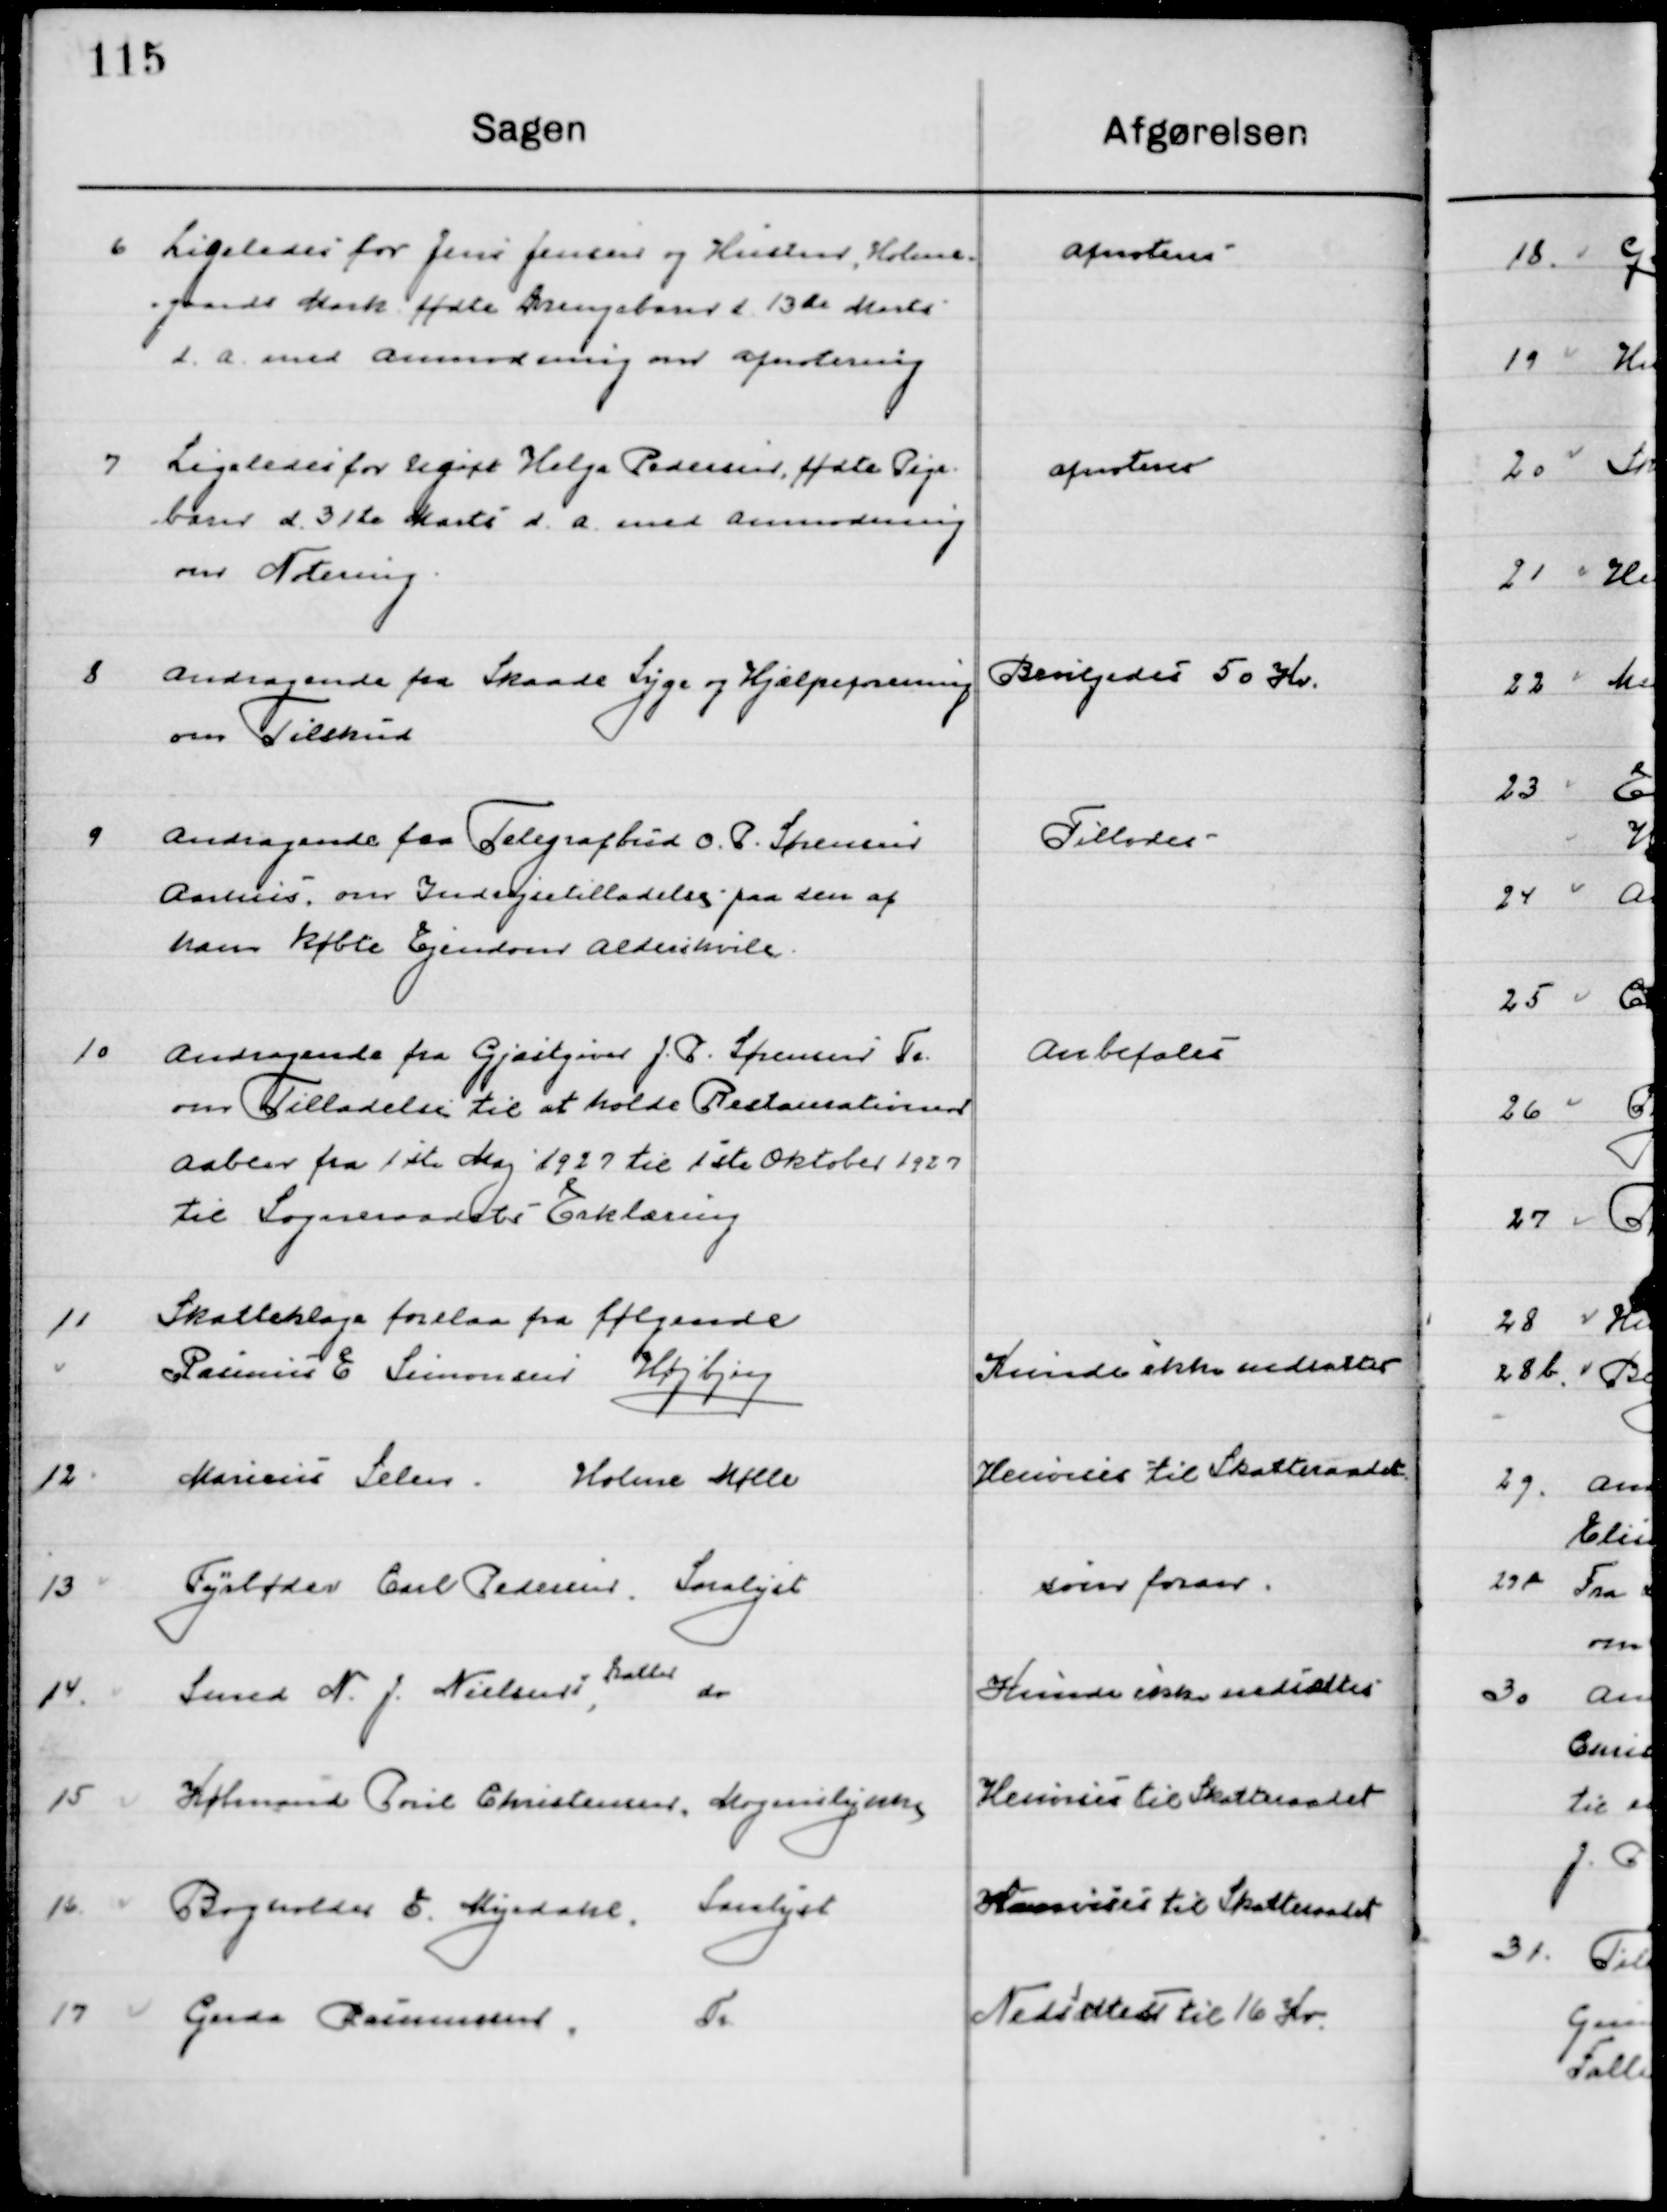
Transskription:
6

Ligeledes for Jens Jensen og hustru, Holme-
gaard Mark fødte Drengebarn d. 13de Marts 
d. a. med Anmodning om Afnotering

Afnoteres

7

Ligeledes for Ugift Helga Pedersen, fødte Pige-
Barn d. 31te Marts d. a. med Anmodning om 
Notering

Afnoteres

8

Andragende fra Skaade Syge og Hjælpeforening
om Tilskud.

Bevilgedes 50 Kr.

9

Andragende fra Telegrafbud O. P. Sørensen
Aarhus, om Indregistrer tilladelse paa den af 
Ham købte Ejendom Aldershvile.

Tillodes

10

Andragende fra Gæstgiver J. P. Sørensen Tr.
om Tilladelse til at holde Restaurationen
aaben fra 1ste Maj 1927 til 1ste Oktober 1927 
til Sogneraadets Erklæring.

Anbefales

11

Skatteklage forelaa fra følgende
Palmirs E. Simonsen Højbjerg

Kunde ikke nedsættes

12

Marius Selen,
Holme Mølle

Henvises til Skatteraadet

13

Fyrbøder Carl Pedersen, Saralyst

som foran

14

Smed N. J. Nielsen,  Bakker - do -

Kunde ikke nedsættes

15

Købmand Poul Christensen, Mogenslykke.

Henvises til Skatteraadet

16

Bogholder E. Mejedahl,  Saralyst

Henvises til Skatteraadet

17

Gerda Rasmussen,
Tr

Nedsættes til 16 Kr.